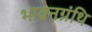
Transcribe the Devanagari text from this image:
भावनग्रंथि